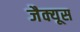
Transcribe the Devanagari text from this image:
जैक्यूस